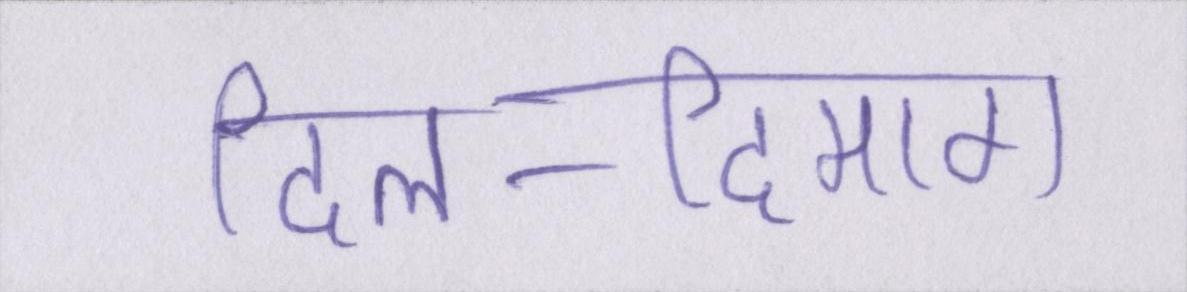
दिल-दिमाग